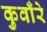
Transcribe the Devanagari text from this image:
कुवाँरे